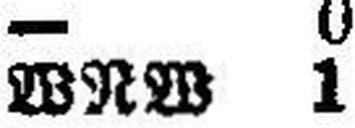
WRW 1